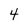
Character: 4